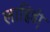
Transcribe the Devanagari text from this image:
लाहिडी़